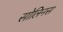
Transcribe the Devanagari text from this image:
सोलिनस